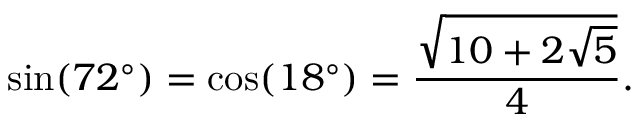
\sin ( 7 2 ^ { \circ } ) = \cos ( 1 8 ^ { \circ } ) = { \frac { \sqrt { 1 0 + 2 { \sqrt { 5 } } } } { 4 } } .